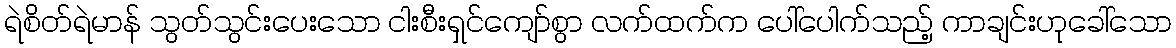
ရဲစိတ်ရဲမာန် သွတ်သွင်းပေးသော ငါးစီးရှင်ကျော်စွာ လက်ထက်က ပေါ်ပေါက်သည့် ကာချင်းဟုခေါ်သော